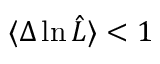
\langle \Delta \ln \hat { \cal L } \rangle < 1